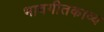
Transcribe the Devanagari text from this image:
भावगीतकाव्य